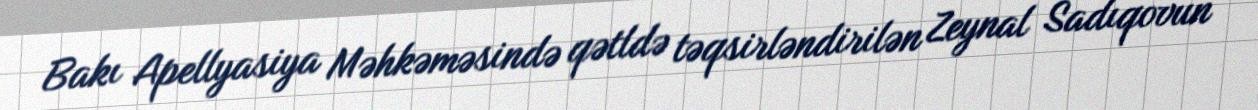
Bakı Apellyasiya Məhkəməsində qətldə təqsirləndirilən Zeynal Sadıqovun